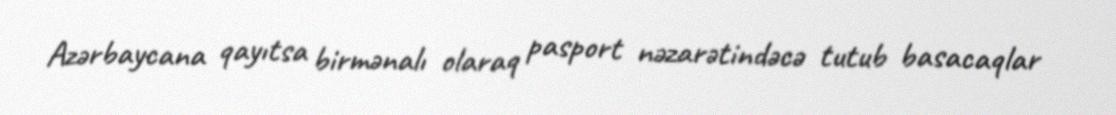
Azərbaycana qayıtsa birmənalı olaraq pasport nəzarətindəcə tutub basacaqlar